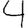
Digit: 4